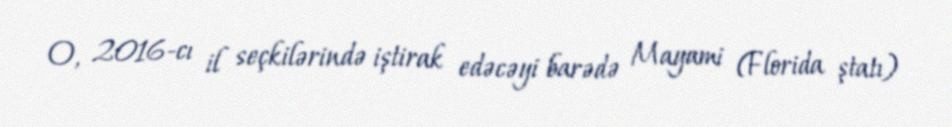
O, 2016-cı il seçkilərində iştirak edəcəyi barədə Mayami (Florida ştatı)